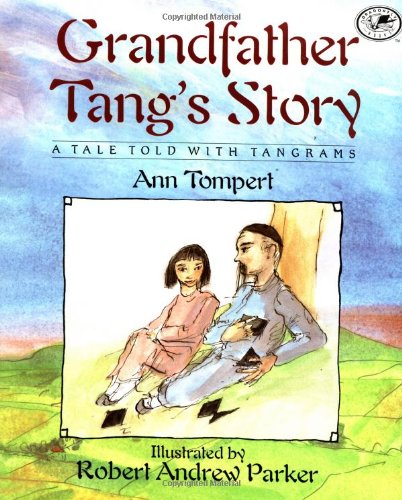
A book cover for Grandfather Tang's Story (Dragonfly Books); Ann Tompert; Children's Books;